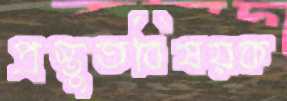
প্রস্তুতবিষয়ক